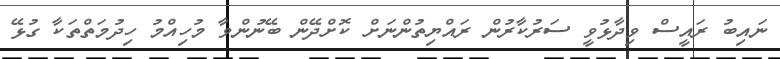
ނައިބު ރައީސް ވިދާޅުވީ ސަރުކާރުން ރައްޔިތުންނަށް ކޮށްދޭން ބޭނުންވާ މުހިއްމު ހިދުމަތްތަކާ ގުޅޭ